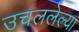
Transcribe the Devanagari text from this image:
उचललेल्या